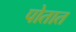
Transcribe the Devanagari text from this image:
पोतात